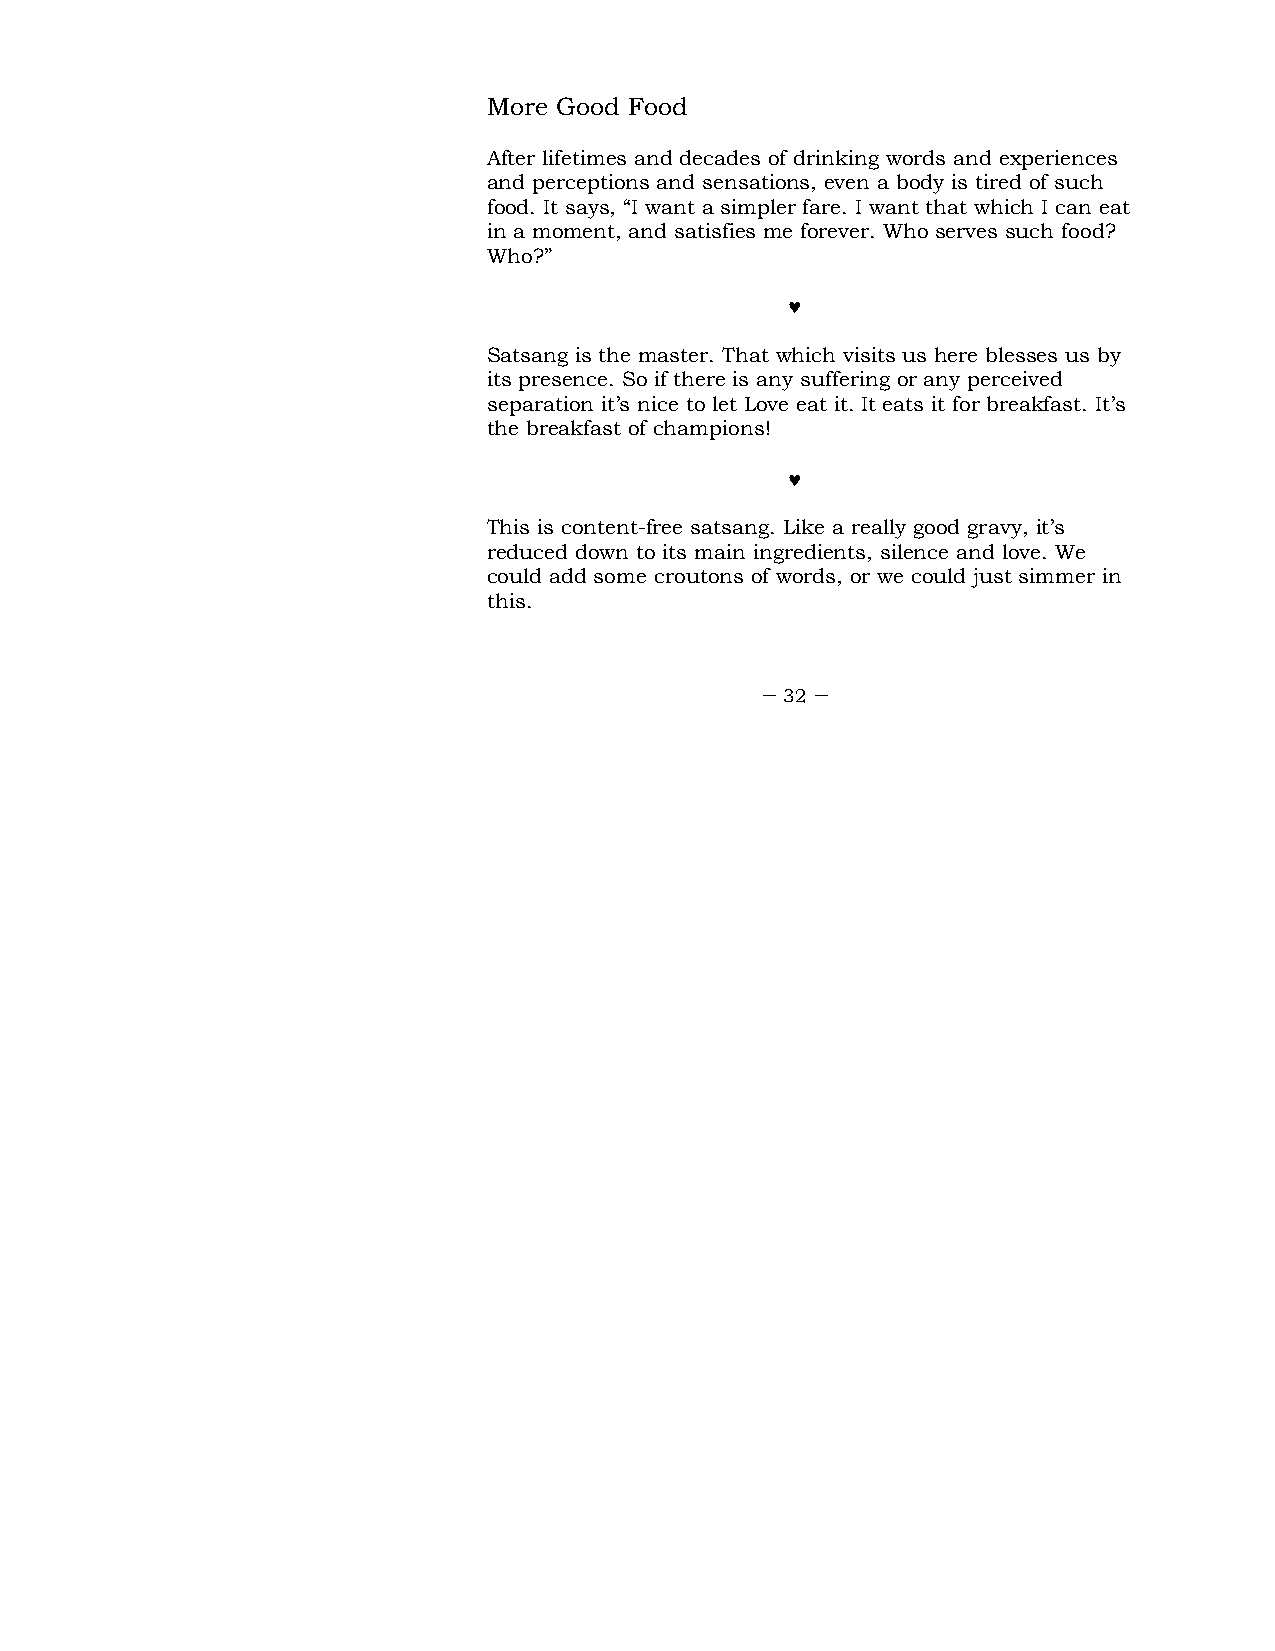
More Good Food
 After lifetimes and decades of drinking words and experiences
 and perceptions and sensations, even a body is tired of such
 food. It says, “I want a simpler fare. I want that which I can eat
 in a moment, and satisfies me forever. Who serves such food?
 Who?”
 ♥
 Satsang is the master. That which visits us here blesses us by
 its presence. So if there is any suffering or any perceived
 separation it’s nice to let Love eat it. It eats it for breakfast. It’s
 the breakfast of champions!
 ♥
 This is content-free satsang. Like a really good gravy, it’s
 reduced down to its main ingredients, silence and love. We
 could add some croutons of words, or we could just simmer in
 this.
 – 32 –